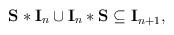
LaTeX: \begin{align*}{\bf S*I}_n\cup {\bf I}_n*{\bf S\subseteq I}_{n+1},\end{align*}